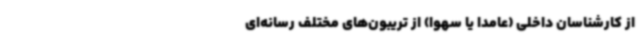
از کارشناسان داخلی (عامداً یا سهواً) از تریبون‌های مختلف رسانه‌ای